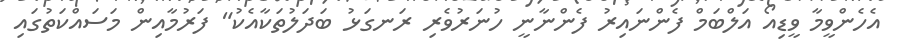
އެެހެންވީމާ ވީޑިއޯ އަލްބަމް ފެންނައިރު ފެންނާނީ ހުނަރުވެރި ރަނގަޅު ބަދަލުތަކާއެކު" ފަރުމާއިން މަސައްކަތުގައި